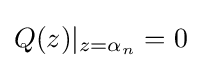
Q(z)|_{z=\alpha _{n}}=0